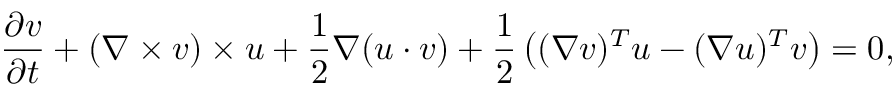
\frac { \partial v } { \partial t } + ( \nabla \times v ) \times u + \frac { 1 } { 2 } \nabla ( u \cdot v ) + \frac { 1 } { 2 } \left( ( \nabla v ) ^ { T } u - ( \nabla u ) ^ { T } v \right) = 0 ,